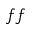
f f